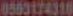
0553174310